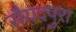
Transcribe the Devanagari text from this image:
सैयदपुरा